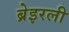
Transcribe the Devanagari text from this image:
ब्रेइरली